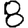
Digit: 8